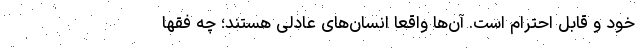
خود و قابل احترام است. آن‌ها واقعا انسان‌های عادلی هستند؛ چه فقها